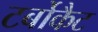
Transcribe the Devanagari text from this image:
टर्बोकैट